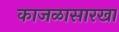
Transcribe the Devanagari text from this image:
काजळासारखा